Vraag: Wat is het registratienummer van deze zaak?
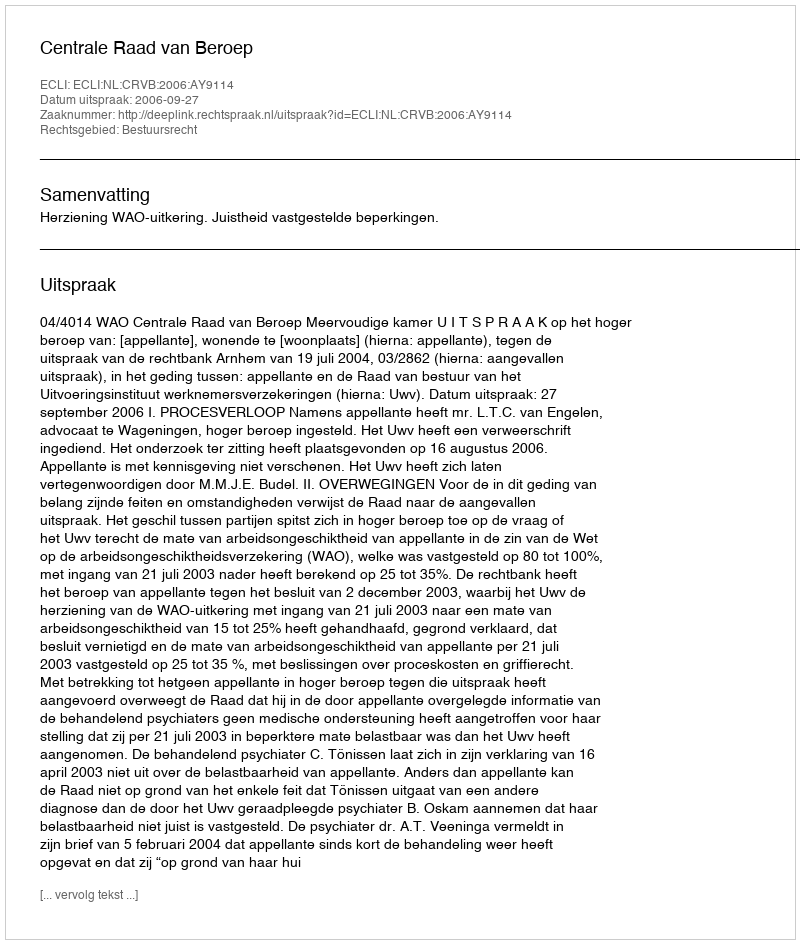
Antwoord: http://deeplink.rechtspraak.nl/uitspraak?id=ECLI:NL:CRVB:2006:AY9114